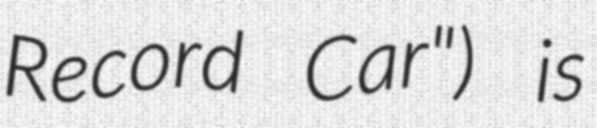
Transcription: Record Car") is